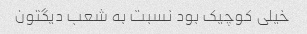
خیلی کوچیک بود نسبت به شعب دیگتون